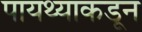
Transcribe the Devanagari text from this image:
पायथ्याकडून